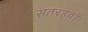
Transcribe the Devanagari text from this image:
सतरहवॉं